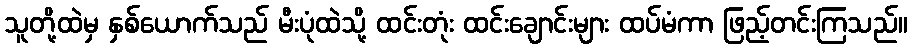
သူတို့ထဲမှ နှစ်ယောက်သည် မီးပုံထဲသို့ ထင်းတုံး ထင်းချောင်းများ ထပ်မံကာ ဖြည့်တင်းကြသည်။